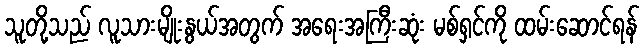
သူတို့သည် လူသားမျိုးနွယ်အတွက် အရေးအကြီးဆုံး မစ်ရှင်ကို ထမ်းဆောင်ရန်